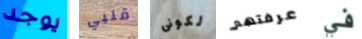
يوجد قلبي لكونى عرفتهم في